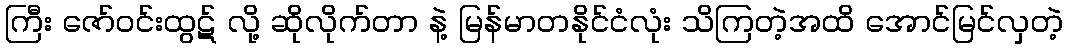
ကြီး ဇော်ဝင်းထွဋ် လို့ ဆိုလိုက်တာ နဲ့ မြန်မာတနိုင်ငံလုံး သိကြတဲ့အထိ အောင်မြင်လှတဲ့